Report on vaccination in the Province of Bengal - 1874-1889
Year: 1874
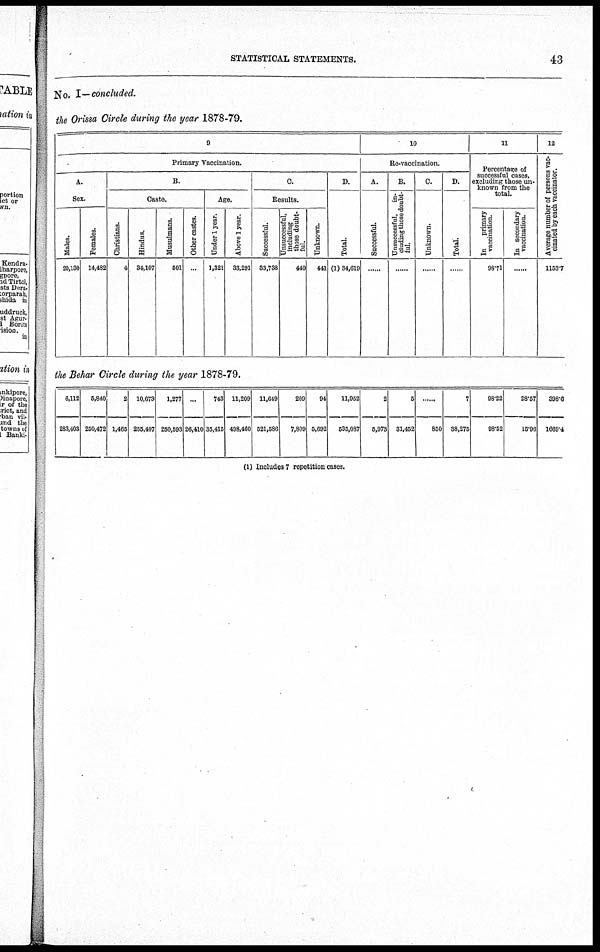
STATISTICAL STATEMENTS.
43
No. I—concluded.
the Orissa Circle during the year 1878-79.
9
Primary Vaccination.
A.
Sex.
Males.
20,130
Females.
14,482
B.
Caste.
Christians.
4
Hindus.
34,107
Musulmans.
501
Other castes.
Age.
Under 1 year.
1,321
Above 1 year.
33,291
C.
Results.
Successful.
33,738
Unsuccessful,
including
those doubt-
ful.
440
Unknown.
441
D.
Total.
(1) 34,619
10
Re-vaccination.
A.
Successful.
......
B.
Unsuccessful,
in-
cluding those doubt-
ful.
......
C.
Unknown.
......
D.
Total.
......
11
Percentage of
successful cases,
excluding those un-
known from the
total.
In
primary
vaccination.
98.71
In secondary
vaccination.
12
Average number of persons vac-
cinated by each vaccinator.
1153.7
the Behar Circle during the year 1878-79.
6,112
283,403
5,840
250,472
2
1,465
10,673
255,407
1,277
250,593
...
26,410
743
35,415
11,209
498,460
11,649
521,586
209
7,809
94
5,692
11,952
535,087
2
5,973
5
31,452
......
850
7
38,275
98.22
98.52
28.57
15.96
398.6
1669.4
(1) Includes 7 repetition cases.